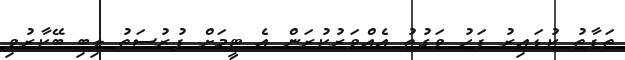
ތަފާތު ކުޑައިރު ފަހު ވަގުތު އެއްވަރުކުރަން އެ ޓީމަށް ފުރުސަތު ލިބި ބޭކާރުވި